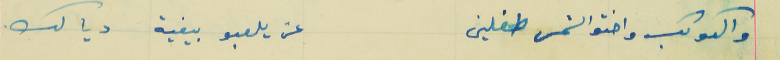
والكوكب واختو الشمس طفلين                                 عن يلعبو بيفية ديالك